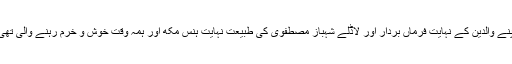
اپنے والدین کے نہایت فرماں بردار اور لاڈلے شہباز مصطفوی کی طبیعت نہایت ہنس مکھ اور ہمہ وقت خوش و خرم رہنے والی تھی۔